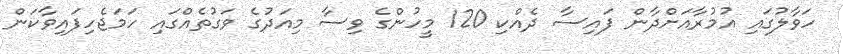
ހަވާލުގައި އުމުރާއަށްދާން ފައިސާ ދެއްކި 120 މީހުންގެ ވިސާ މިއަދުގެ ވަގުތެއްގައި ހަމަޖެހިފައިވާކަން